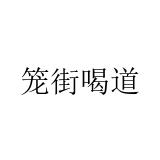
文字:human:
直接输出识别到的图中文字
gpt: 笼街喝道